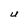
Character: U